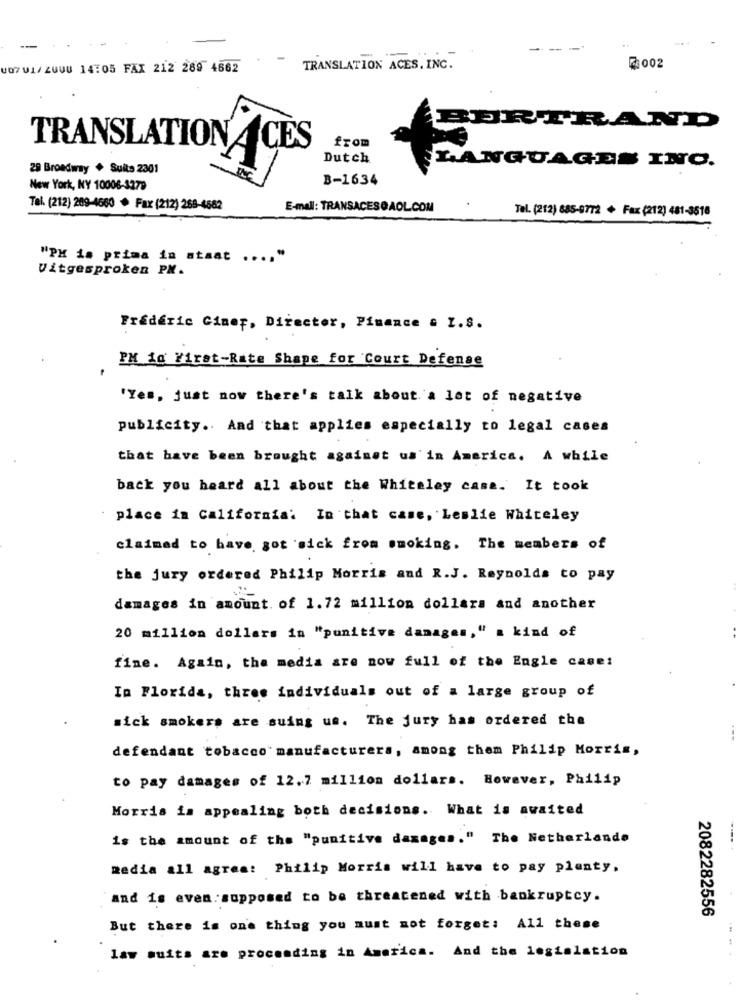
-
--
701/ ZUUU 14:05 FAX 212 289 4662
TRANSLATION ACES. INC.
2002
BERTRAND
TRANSLATION ACES
from
Dutch
29 Broadway + Suits 2301
LANGUAGES INO.
B-1634
New York, NY 10006-3279
Tel. (212) 209-4660 + Fax (212) 269-4582
E-mail: TRANSACES@AOL.COM
Tel. (212) 885-9772 + Fax (212) 481-3518
"PH is prima in staat .... "
Vitgesproken PM.
Frédéric Giner, Director, Finance & I.S.
PM 10 First-Rate Shape for Court Defense
'Yes, just now there's talk about a lot of negative
publicity .. And that applies especially to legal cases
that have been brought against us'in America. A while
back you heard all about the Whiteley casa. It took
place in California: In that case, Leslie Whiteley
claimed to have got sick from smoking. The members of
the jury ordered Philip Morris and R.J. Reynolds to pay
damages in amount. of 1.72 million dollars and another
20 million dollars in "punitive damages," a kind of
fine. Again, the media are now full of the Engle case:
In Florida, three individuals out of a large group of
sick smokers are suing us. The jury has ordered the
defendant tobacco manufacturers, among them Philip Morris,
to pay damages of 12.7 million dollars. However, Philip
Morris in appealing both decisions. What is awaited
is the amount of the "punitive damages." The Netherlands
media all agree: Philip Morris will have to pay planty.
and is even supposed to be threatened with bankruptcy.
2082282556
But there is one thing you must not forget: All these
law suits are procending in America. And the legislation